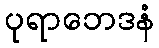
ပုရာဘေဒနံ